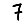
Digit: 7